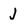
Character: J